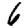
Digit: 6